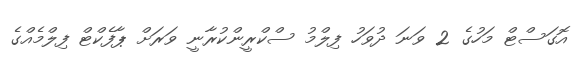
އޮގަސްޓް މަހުގެ 2 ވަނަ ދުވަހު ފިލްމު ސްކްރީންކުރާނީ ވަރަށް ޕާފެކްޓް ފިލްމެއްގެ